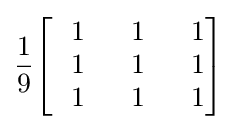
{\frac {1}{9}}{\begin{bmatrix}\ \ 1&\ \ 1&\ \ 1\\\ \ 1&\ \ 1&\ \ 1\\\ \ 1&\ \ 1&\ \ 1\end{bmatrix}}